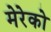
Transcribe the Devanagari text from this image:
मेरेको